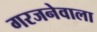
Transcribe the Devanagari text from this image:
गरजनेवाला